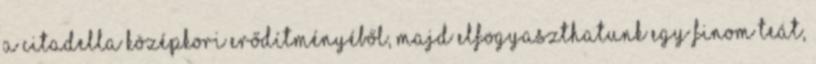
a Citadella középkori erődítményéből, majd elfogyaszthatunk egy finom teát,